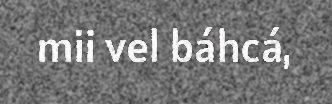
mii vel báhcá,